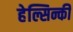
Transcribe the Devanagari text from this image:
हेल्सिन्की